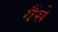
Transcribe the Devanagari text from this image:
गैंसे